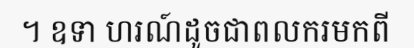
។ ឧទា ហរណ៍ដូចជាពលករមកពី